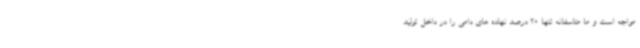
مواجه است و ما متاسفانه تنها 20 درصد نهاده های دامی را در داخل تولید